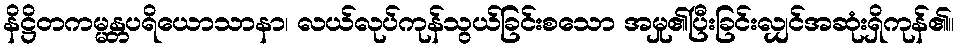
နိဋ္ဌိတကမ္မန္တပရိယောသာနာ၊ လယ်လုပ်ကုန်သွယ်ခြင်းစသော အမှု၏ပြီးခြင်းလျှင်အဆုံးရှိကုန်၏။